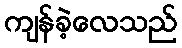
ကျန်ခဲ့လေသည်